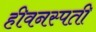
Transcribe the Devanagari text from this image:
हीवनस्पती